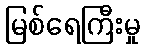
မြစ်ရေကြီးမှု